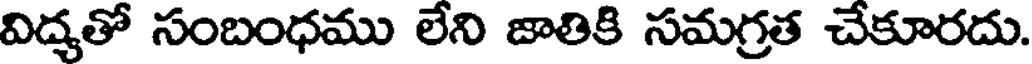
విద్యతో సంబంధము లేని జాతికి సమగ్రత చేకూరదు.